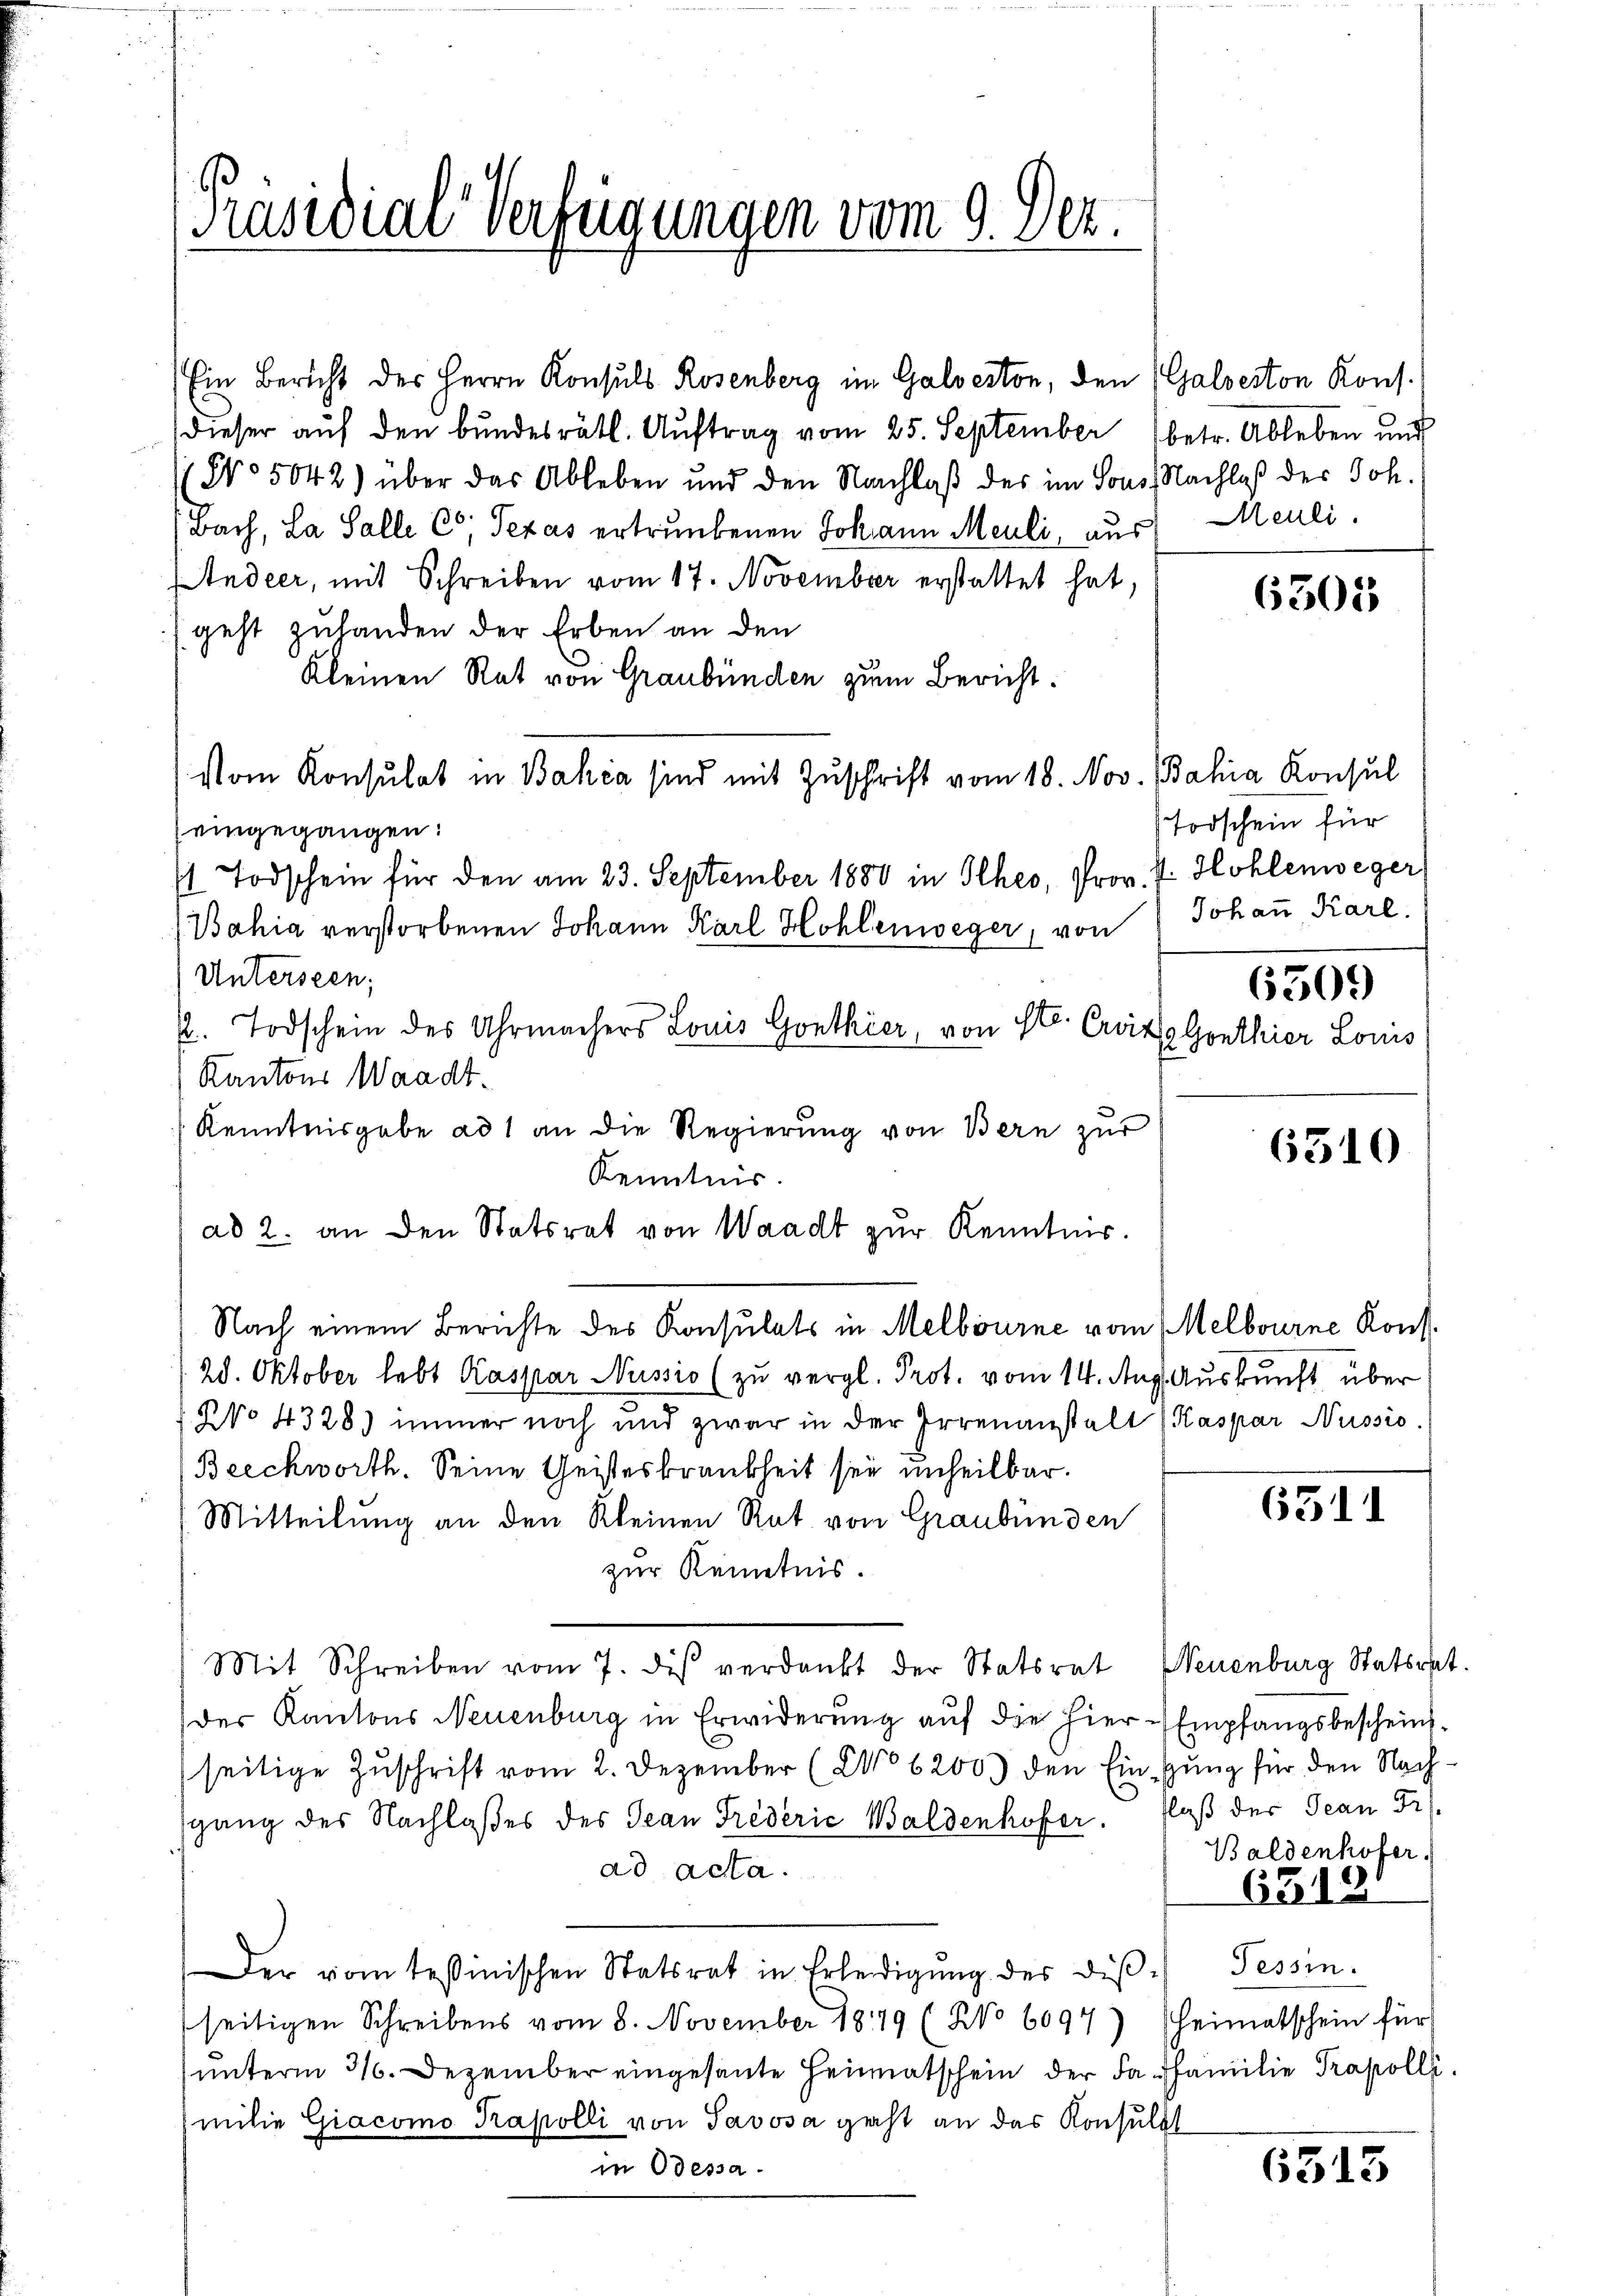
Präsidial-Verfügungen vom 9. 102.

Ein Bericht des Herrn Konsuls Rosenberg im Galveston, den (Galseston Kons.
dieser auf den bundesrätl. Auftrag vom 25. September 1 betr. Ableben und
1 No 5042) über das Ableben und den Nachlaß des im Sous, Nachlaß der Joh.
Bach, La Salle Co; Texas ertrunkenen Johann Meuli, aus Meuli
ndeer, mit Schreiben vom 17. November erstattet hat, " 653028
geht zuhanden der Erben an den
Kleinen Rat von Graubünden zum Bericht:
Vom Konsulat in Bahia sind mit Zuschrift vom 18. Nov. Bahia Konsul
eingegangen:
t Todschein für den am 23. September 1880 in Ilher, Prov. d. Hohlenweger,
Bahia verstorbenen Johann Karl Hohlenweger, von Johaṅ Karl,
Unterseen;
2. Todschein des Uhrmachers Louis Gonthier, von St. Croits Gonthier Louis
Kantons Waadt¬
Kenntnisgabe ad 1 an die Regierung von Bern zur
Kenntnis
ad 2. an den Statsrat von Waadt zur Kenntnis.
Nach einem Berichte des Konsulats in Melbourne vom Melbourne Kons.
28. Oktober lebt Kaspar Nussio (zu vergl. Prot. vom 14. Aug. Auskunft über
 No 4328) immer noch und zwar in der Irrenanstalt Kaspar Nussio
Beechworth. Seine Geisteskrankheit sie unheilbar.
Mitteilŭng an den Kleinen Rat von Graubünden ( 625
zur Kenntnis.
Mit Schreiben vom 7. des verdankt der Statsrat Neuenburg Stator
der Kantons Neuenburg in Erwiderung auf die hier - Empfangsbescheinsseitige Zuschrift vom 2. Dezember (NNo 6200) den Eingung für den Nachsgang des Nachlaßes des Jean Frederić Waldenhofer. Floß der Jean Fr.
Baldenhofer.
ad acta.
6519
Der vom tessinischen Statsrat in Erledigŭng des diβ Tessin.
seitigen Schreibens vom 8. November 1849 (No 6097) Heimatschein für
unterm 31. Dezember eingesante Heimatschein der da familie Trapolli
milie Giacomo Kapolli von Javosa geht an das Konsulat
in Odessa.
6515

Todschein für

650.

6310

t.